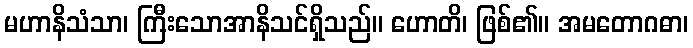
မဟာနိသံသာ၊ ကြီးသောအာနိသင်ရှိသည်။ ဟောတိ၊ ဖြစ်၏။ အမတောဂဓာ၊